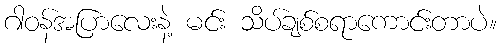
ဂါဝန်အပြာလေးနဲ့ မင်း သိပ်ချစ်စရာကောင်းတာပဲ။